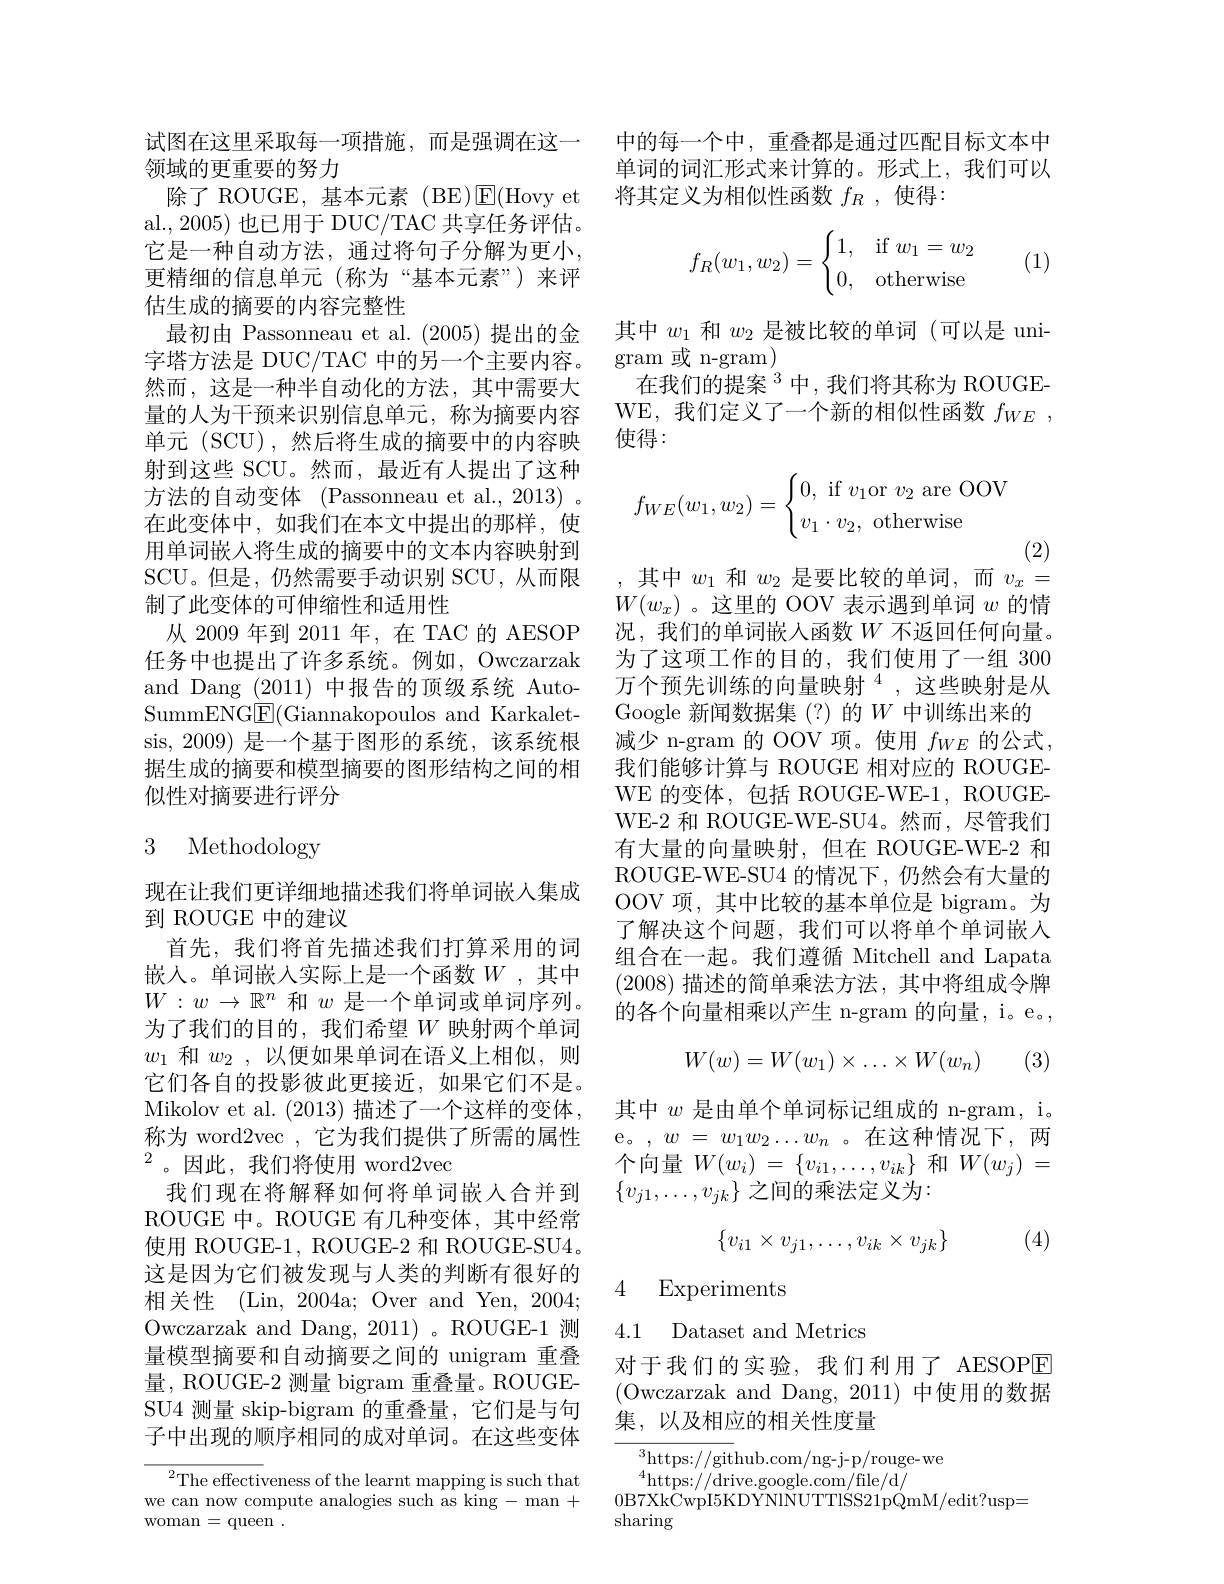
试图在这里采取每一项措施，而是强调在这一
领域的更重要的努力
除了 ROUGE, 基本元素 (BE)$\operatorname{E}($Hovy et al., 2005) 也已用于 DUC/TAC 共享任务评估。它是一种自动方法，通过将句子分解为更小， 更精细的信息单元(称为“基本元素”)来评估生成的摘要的内容完整性
最初由 Passonneau et al. (2005)提出的金字塔方法是 DUC/TAC 中的另一个主要内容。然而，这是一种半自动化的方法，其中需要大量的人为干预来识别信息单元，称为摘要内容单元(SCU),然后将生成的摘要中的内容映射到这些 SCU。然而，最近有人提出了这种方法的自动变体 (Passonneau et al., 2013) 。在此变体中，如我们在本文中提出的那样，使用单词嵌入将生成的摘要中的文本内容映射到SCU。但是，仍然需要手动识别 SCU,从而限制了此变体的可伸缩性和适用性
从 2009 年到 2011 年，在 TAC 的 AESOP 任务中也提出了许多系统。例如，Owczarzak and Dang (2011)中报告的顶级系统 AutoSummENG$\underline{\mathrm{E}}($Giannakopoulos and Karkaletsis,2009) 是一个基于图形的系统，该系统根据生成的摘要和模型摘要的图形结构之间的相似性对摘要进行评分

# 3 Methodology

现在让我们更详细地描述我们将单词嵌人集成
到 ROUGE 中的建议
首先，我们将首先描述我们打算采用的词嵌入。单词嵌入实际上是一个函数$W$,其中$W:w\to\mathbb{R}^n$和$w$是一个单词或单词序列。为了我们的目的，我们希望$W$映射两个单词$w_1$和$w_2$,以便如果单词在语义上相似，则它们各自的投影彼此更接近，如果它们不是。Mikolov et al. (2013) 描述了一个这样的变体， 称为 word2vec ,它为我们提供了所需的属性$^{2}$。因此，我们将使用 word2vec
我们现在将解释如何将单词嵌入合并到ROUGE 中。ROUGE 有几种变体，其中经常使用 ROUGE-1, ROUGE-2 和 ROUGE-SU4。这是因为它们被发现与人类的判断有很好的相关性 (Lin, 2004a; Over and Yen, 2004; Owczarzak and Dang, 2011)。ROUGE-1 测量模型摘要和自动摘要之间的 unigram 重叠量，ROUGE-2 测量 bigram 重叠量。ROUGESU4 测量 skip-bigram 的重叠量，它们是与句子中出现的顺序相同的成对单词。在这些变体

${{^2}\mathrm{The~effectiveness~of~the~learnt~mapping~is~such~that}}$ we can now compute analogies such as king - man + ${\mathrm{woman}}= {\mathrm{queen}}$ .

中的每一个中，重叠都是通过匹配目标文本中单词的词汇形式来计算的。形式上，我们可以将其定义为相似性函数$f_R$,使得：
$$f_R(w_1,w_2)=\begin{cases}1,&\text{if}w_1=w_2\\0,&\text{otherwise}\end{cases}$$
(1)

其中$w_1$和$w_2$是被比较的单词 (可以是 uni-
gram 或 n-gram)
在我们的提案$^3$中，我们将其称为 ROUGEWE, 我们定义了一个新的相似性函数$f_{WE}$ , 使得：
$$f_{WE}(w_1,w_2)=\begin{cases}0,\text{if}v_1\text{or}v_2\text{are OOV}\\v_1\cdot v_2,\text{otherwise}\end{cases}$$
(2)
,其中 $w_1$ 和 $w_2$ 是要比较的单词，而 $v_x=$

$W(w_x)$。这里的 OOV 表示遇到单词$w$的情况，我们的单词嵌入函数$W$不返回任何向量。为了这项工作的目的，我们使用了一组 300万个预先训练的向量映射$^{4}$,这些映射是从Google 新闻数据集(?)的$W$ 中训练出来的减少 n-gram 的 OOV 项。使用$f_WE$的公式我们能够计算与 ROUGE 相对应的 ROUGEWE 的变体，包括 ROUGE-WE-1, ROUGEWE-2 和 ROUGE-WE-SU4。然而，尽管我们有大量的向量映射，但在 ROUGE-WE-2 和ROUGE-WE-SU4 的情况下，仍然会有大量的OOV 项，其中比较的基本单位是 bigram。为了解决这个问题，我们可以将单个单词嵌入组合在一起。我们遵循 Mitchell and Lapata (2008)描述的简单乘法方法，其中将组成令牌的各个向量相乘以产生 n-gram 的向量，i。e。
$$W(w)=W(w_1)\times\ldots\times W(w_n)$$
(3)

其中$w$是由单个单词标记组成的 n-gram, i。e。,$w=w_1w_2\ldots w_n$。在这种情况下，两个向量$W( w_i)$ = $\{ v_{i1}, \ldots , v_{ik}\}$和$W( w_j)$ = $\{v_{j1},\ldots,v_{jk}\}$之间的乘法定义为：
$$\{v_{i1}\times v_{j1},\ldots,v_{ik}\times v_{jk}\}$$
(4)

4 Experiments

4.1 Dataset and Metrics

对于我们的实验，我们利用了 AESOPE (Owczarzak and Dang,2011)中使用的数据集，以及相应的相关性度量

${\overline{{^3}\mathrm{https:}//\mathrm{git}}}$hub.com/ng-j-p/rouge-we
$^{4}$https://drive.google.com/file/d/
0B7XkCwpI5KDYNINUTTISS21pQmM/edit?usp=

sharing